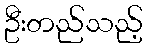
ဦးတည်သည့်